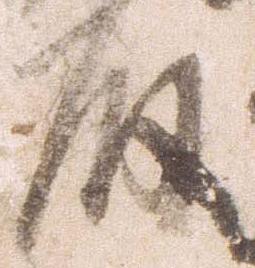
殿